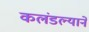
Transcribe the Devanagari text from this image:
कलंडल्याने